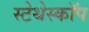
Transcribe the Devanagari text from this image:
स्‍टेथेस्‍कॉप